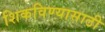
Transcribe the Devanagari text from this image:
शिकविण्‍यासाठी